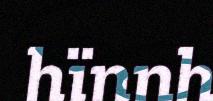
hïnnh